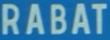
RABAT